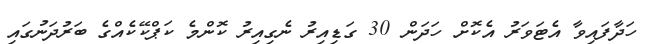
ހަދާފައިވާ އެޓަވަރު އެކޮށް ހަދަން 30 ގަޑިއިރު ނެގިއިރު ކޮންމެ ކަޕްކޭކެއްގެ ބަރުދަނުގައި